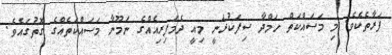
ފަރާތެކެވެ. މި މަސައްކަތް ހަމްދާ ސިފަކުރަނީ މިއީ ދެމަފިރިއެއްގެ ނަމޫނާ މަސައްކަތެއްގެ ގޮތުގައެވެ.